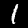
Digit: 1